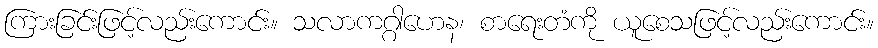
ကြားခြင်းဖြင့်လည်းကောင်း။ သလာကဂ္ဂါဟေန၊ စာရေးတံကို ယူစေသဖြင့်လည်းကောင်း။